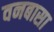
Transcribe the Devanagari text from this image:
वनबासा